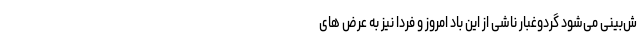
ش‌بینی می‌شود گردوغبار ناشی از این باد امروز و فردا نیز به عرض های